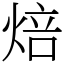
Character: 焙